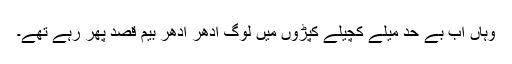
وہاں اب بے حد میلے کچیلے کپڑوں میں لوگ ادھر ادھر بیم قصد پھر رہے تھے۔